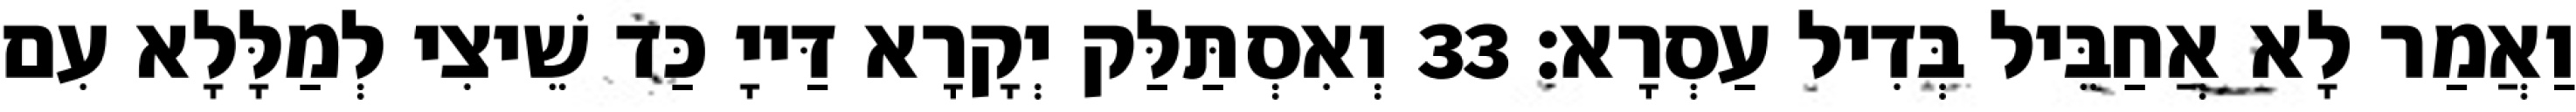
וַאֲמַר לָא אֲחַבֵּיל בְּדִיל עַסְרָא׃ 33 וְאִסְתַּלַּק יְקָרָא דַּייָ כַּד שֵׁיצִי לְמַלָּלָא עִם